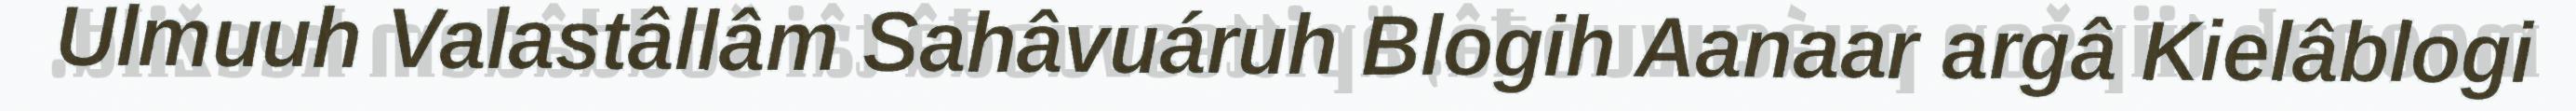
Ulmuuh Valastâllâm Sahâvuáruh Blogih Aanaar argâ Kielâblogi